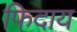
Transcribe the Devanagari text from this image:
फिदाय